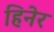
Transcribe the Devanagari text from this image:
हिनेर